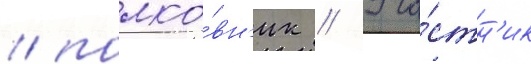
/ полко́вн'ик // Уча́стн'ик